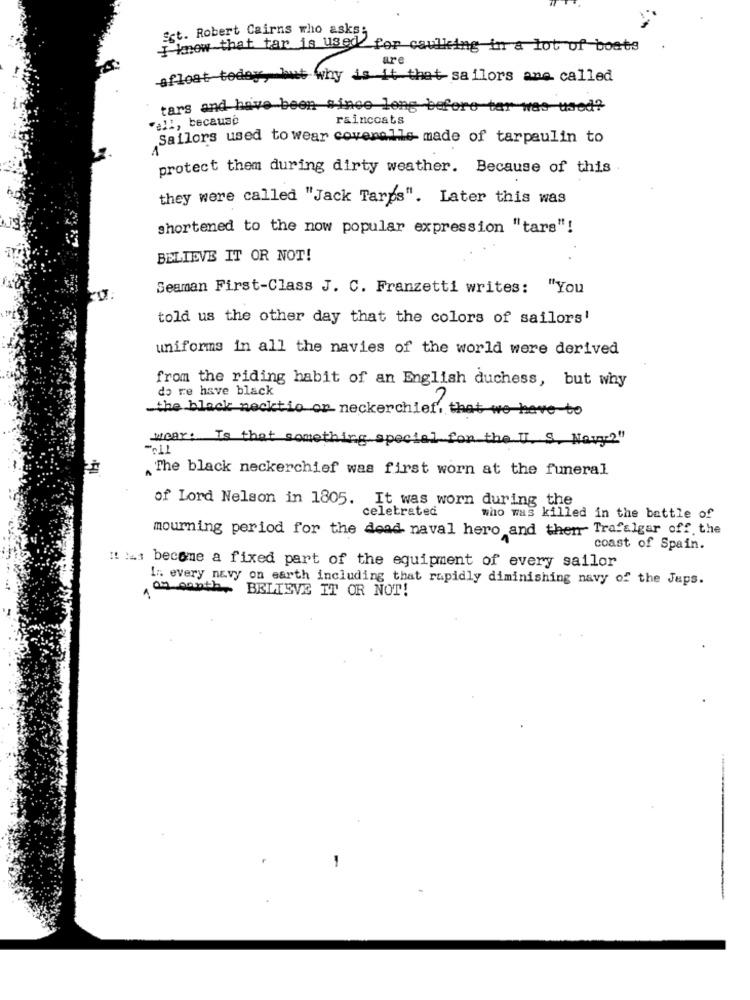
Est. Robert Cairns who asks:
Iknow that tar is used for caulking in a lot of boets
are
afloat today, but why is it that sailors ane called
tars and have been since long before tar was used?
al :, because
raincoats
Sailors used to wear coveralls made of tarpaulin to
protect them during dirty weather. Because of this
they were called "Jack Tarps". Later this was
shortened to the now popular expression "tars"!
BELIEVE IT OR NOT!
Seaman First-Class J. C. Franzetti writes: "You
told us the other day that the colors of sailors'
uniforms in all the navies of the world were derived
from the riding habit of an English duchess, but why
do re have black
the black necktio or neckerchief, that we have to
wear: To that something special for the U. S. Navy?"
TTS-
The black neckerchief was first worn at the funeral
of Lord Nelson in 1805. It was worn during the
celebrated
who was killed in the battle of
mourning period for the dead naval hero and then Trafalgar off the
coast of Spain.
#! IL: become a fixed part of the equipment of every sailor
In every navy on earth including that rapidly diminishing navy of the Jups.
os canth, BELIEVE IT OR NOT!